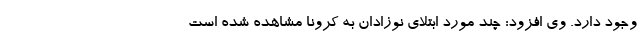
وجود دارد. وی افزود: چند مورد ابتلای نوزادان به کرونا مشاهده شده است